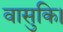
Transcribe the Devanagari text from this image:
वासुकि।